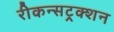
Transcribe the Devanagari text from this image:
रीकन्सट्रक्शन